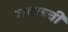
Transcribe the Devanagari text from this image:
गमाच्ची